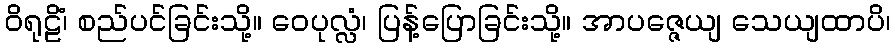
ဝိရုဠိံ၊ စည်ပင်ခြင်းသို့။ ဝေပုလ္လံ၊ ပြန့်ပြောခြင်းသို့။ အာပဇ္ဇေယျ သေယျထာပိ၊